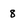
Character: 8